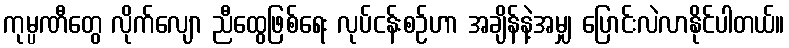
ကုမ္ပဏီတွေ လိုက်လျော ညီထွေဖြစ်ရေး လုပ်ငန်းစဉ်ဟာ အချိန်နဲ့အမျှ ပြောင်းလဲလာနိုင်ပါတယ်။